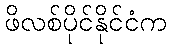
ဖိလစ်ပိုင်နိုင်ငံက